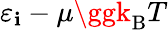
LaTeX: \varepsilon_{\mathbf{i}}-\mu\ggk_{\mathrm{{{B}}}}T